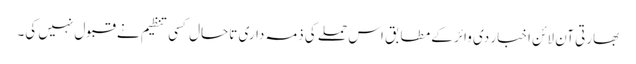
بھارتی آن لائن اخبار دی وائر کے مطابق اس حملے کی ذمہ داری تاحال کسی تنظیم نے قبول نہیں کی۔